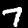
Digit: 7